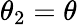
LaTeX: \theta_{2}=\theta